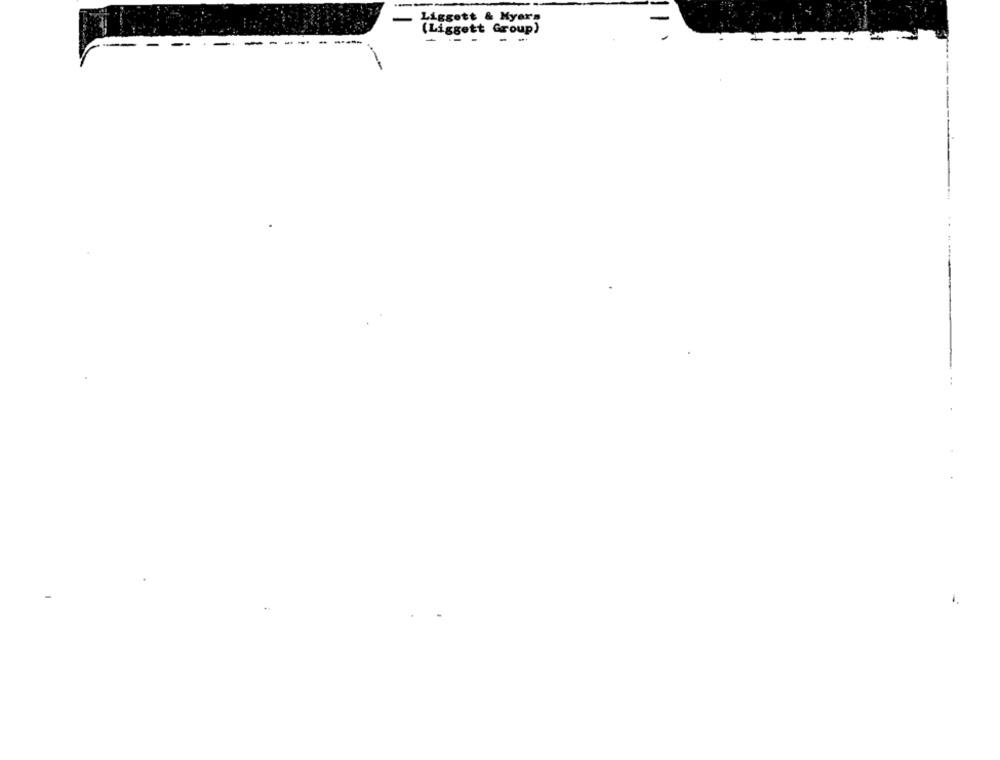
-
Ligsett & Myers
(Liggett Group)